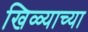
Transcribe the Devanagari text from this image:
खिळ्याच्या